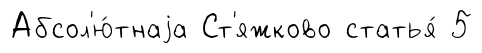
Абсол'ю́тнаjа Ст'яжково статья́ 5